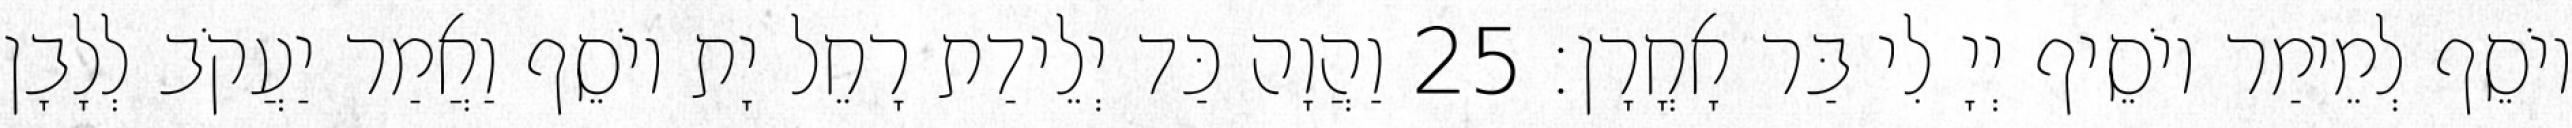
יוֹסֵף לְמֵימַר יוֹסֵיף יְיָ לִי בַּר אָחֳרָן׃ 25 וַהֲוָה כַּד יְלֵידַת רָחֵל יָת יוֹסֵף וַאֲמַר יַעֲקֹב לְלָבָן